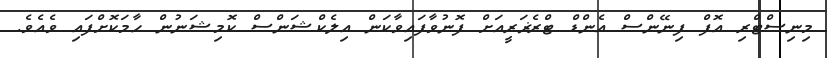
މިނިސްޓްރި އޮފް ފިނޭންސް އެންޑް ޓްރެޜަރީއަށް ފޮނުވާފައިވާކަން އިލެކްޝަންސް ކޮމިޝަނުން ހާމަކޮށްފައި ވެއެވެ.